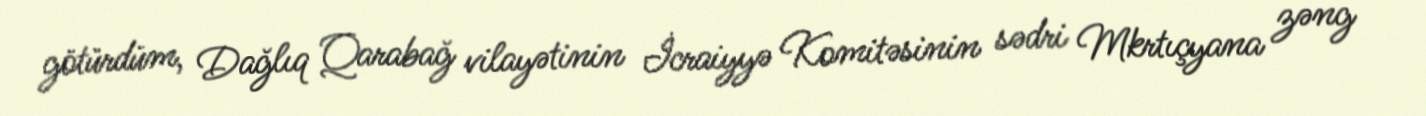
götürdüm, Dağlıq Qarabağ vilayətinin İcraiyyə Komitəsinin sədri Mkrtıçyana zəng